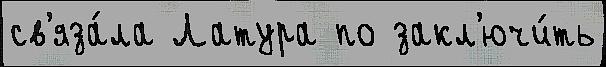
св'яза́ла Латура по закл'ючи́ть